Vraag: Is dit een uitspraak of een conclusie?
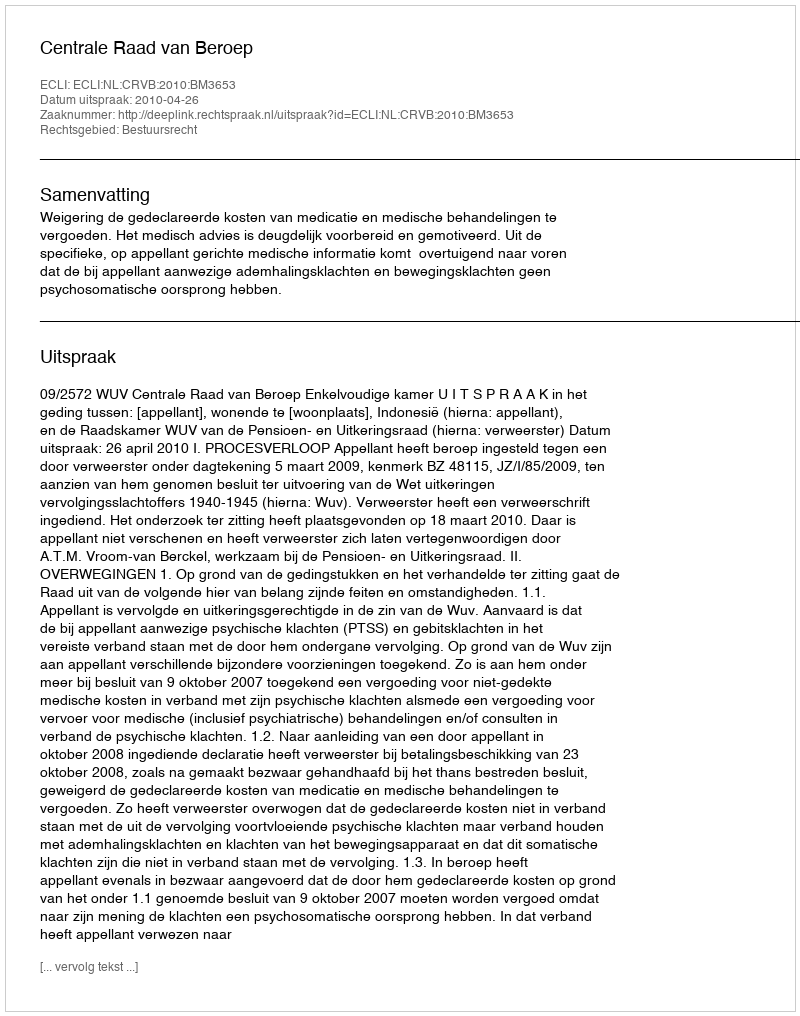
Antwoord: Uitspraak